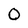
Character: 0